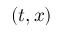
( t , x )